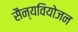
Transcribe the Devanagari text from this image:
सैन्यवियोजन